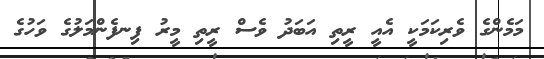
މަމެންގެ ވެރިކަމަކީ އެއީ ރީތި އަބަދު ވެސް ރީތި މީރު ފިނފެންމަލުގެ ވަހުގެ